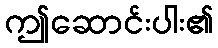
ဤဆောင်းပါး၏